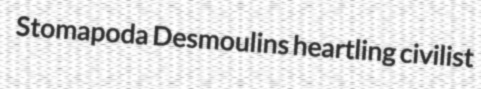
Stomapoda Desmoulins heartling civilist